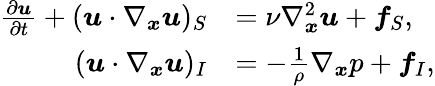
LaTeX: \begin{array}{rl}{\frac{\partial\boldsymbol{u}}{\partial t}+(\boldsymbol{u}\cdot\nabla_{\boldsymbol{x}}\boldsymbol{u})_{S}}&{=\nu\nabla_{\boldsymbol{x}}^{2}\boldsymbol{u}+\boldsymbol{f}_{S},}\\ {(\boldsymbol{u}\cdot\nabla_{\boldsymbol{x}}\boldsymbol{u})_{I}}&{=-\frac{1}{\rho}\nabla_{\boldsymbol{x}}p+\boldsymbol{f}_{I},}\end{array}